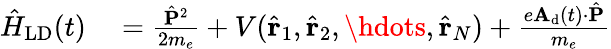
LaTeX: \begin{array}{rl}{\hat{H}_{\textrm{LD}}(t)}&{{}=\frac{\hat{\mathbf{P}}^{2}}{2m_{e}}+V(\hat{\mathbf{r}}_{1},\hat{\mathbf{r}}_{2},\hdots,\hat{\mathbf{r}}_{N})+\frac{e\mathbf{A}_{\textrm{d}}(t)\cdot\hat{\mathbf{P}}}{m_{e}}}\end{array}